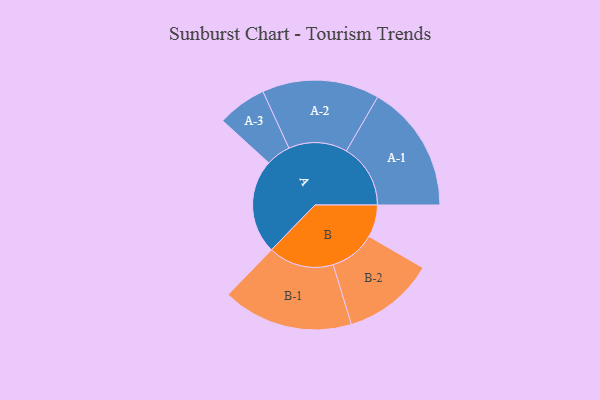
{"axis": {"x": "Segment", "y": "Value"}, "legend": ["", "A", "B"], "data": [{"x": "A", "y": 430, "type": ""}, {"x": "B", "y": 147, "type": ""}, {"x": "A-1", "y": 292, "type": "A"}, {"x": "A-2", "y": 267, "type": "A"}, {"x": "A-3", "y": 112, "type": "A"}, {"x": "B-1", "y": 298, "type": "B"}, {"x": "B-2", "y": 209, "type": "B"}]}